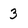
Character: 3